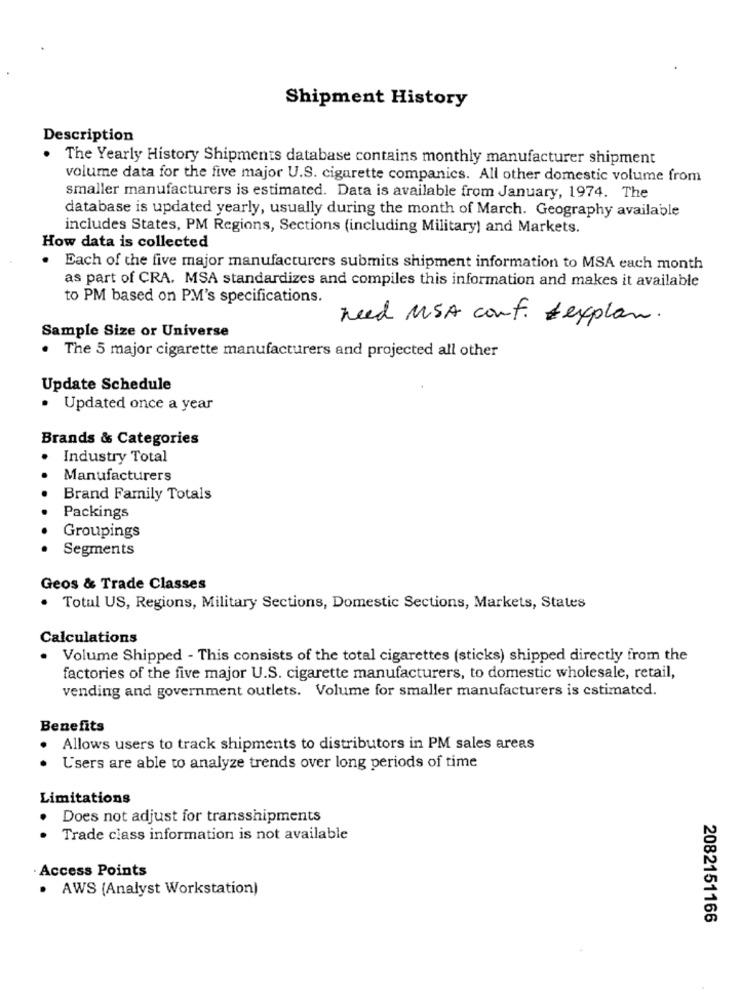
Shipment History
Description
The Yearly History Shipments database contains monthly manufacturer shipment
volume data for the five major U.S. cigarette companies. All other domestic volume from
smaller manufacturers is estimated. Data is available from January, 1974. The
database is updated yearly, usually during the month of March. Geography available
includes States, PM Regions, Sections (including Military) and Markets.
How data is collected
Each of the five major manufacturers submits shipment information to MSA each month
as part of CRA. MSA standardizes and compiles this information and makes it available
to PM based on PM's specifications.
need MSA conf. &explan.
Sample Size or Universe
. The 5 major cigarette manufacturers and projected all other
Update Schedule
· Updated once a year
Brands & Categories
Industry Total
Manufacturers
Brand Family Totals
Packings
Groupings
Segments
Geos & Trade Classes
Total US, Regions, Military Sections, Domestic Sections, Markets, States
Calculations
Volume Shipped - This consists of the total cigarettes (sticks) shipped directly from the
factories of the five major U.S. cigarette manufacturers, to domestic wholesale, retail,
vending and government outlets. Volume for smaller manufacturers is estimated.
Benefits
Allows users to track shipments to distributors in PM sales areas
Users are able to analyze trends over long periods of time
Limitations
.
Does not adjust for transshipments
Trade class information is not available
· Access Points
· AWS (Analyst Workstation)
2082151166